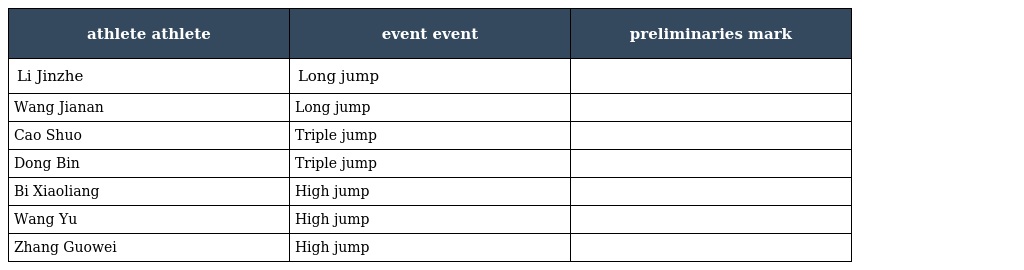
| athlete athlete | event event | preliminaries mark |
 | --- | --- | --- |
 | Li Jinzhe | Long jump |  |
 | Wang Jianan | Long jump |  |
 | Cao Shuo | Triple jump |  |
 | Dong Bin | Triple jump |  |
 | Bi Xiaoliang | High jump |  |
 | Wang Yu | High jump |  |
 | Zhang Guowei | High jump |  |